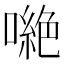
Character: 𠾼